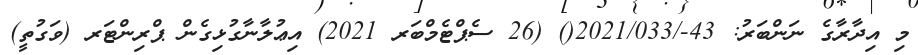
މި އިދާރާގެ ނަންބަރު: 43-/2021/033() (26 ސެޕްޓެމްބަރ 2021) އިޢުލާނާގުޅިގެން ޕްރިންޓަރ (ވަގުތީ)